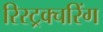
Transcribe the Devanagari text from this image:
रिस्ट्रक्चरिंग